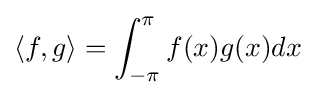
\langle f,g\rangle =\int _{-\pi }^{\pi }f(x)g(x)dx